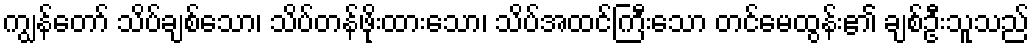
ကျွန်တော် သိပ်ချစ်သော၊ သိပ်တန်ဖိုးထားသော၊ သိပ်အထင်ကြီးသော တင်မေထွန်း၏ ချစ်ဦးသူသည်